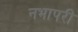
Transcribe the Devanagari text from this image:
नभापरी